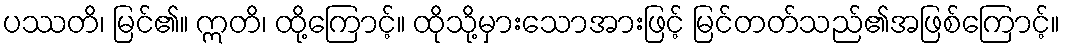
ပဿတိ၊ မြင်၏။ ဣတိ၊ ထို့ကြောင့်။ ထိုသို့မှားသောအားဖြင့် မြင်တတ်သည်၏အဖြစ်ကြောင့်။